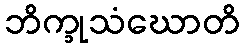
ဘိက္ခုသံဃောတိ